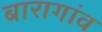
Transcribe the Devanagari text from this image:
बारागांव